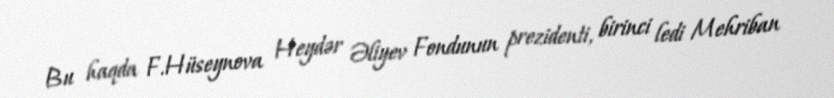
Bu haqda F.Hüseynova Heydər Əliyev Fondunun prezidenti, birinci ledi Mehriban